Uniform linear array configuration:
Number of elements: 64
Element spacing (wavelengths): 1
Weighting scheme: hamming
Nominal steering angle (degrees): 60
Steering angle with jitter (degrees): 61.342
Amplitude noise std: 0.05
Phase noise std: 0.05

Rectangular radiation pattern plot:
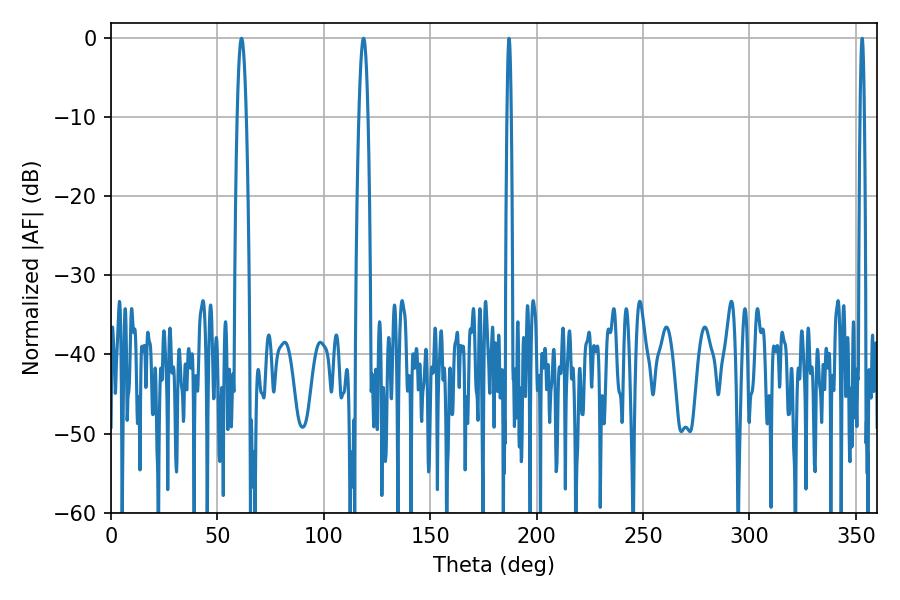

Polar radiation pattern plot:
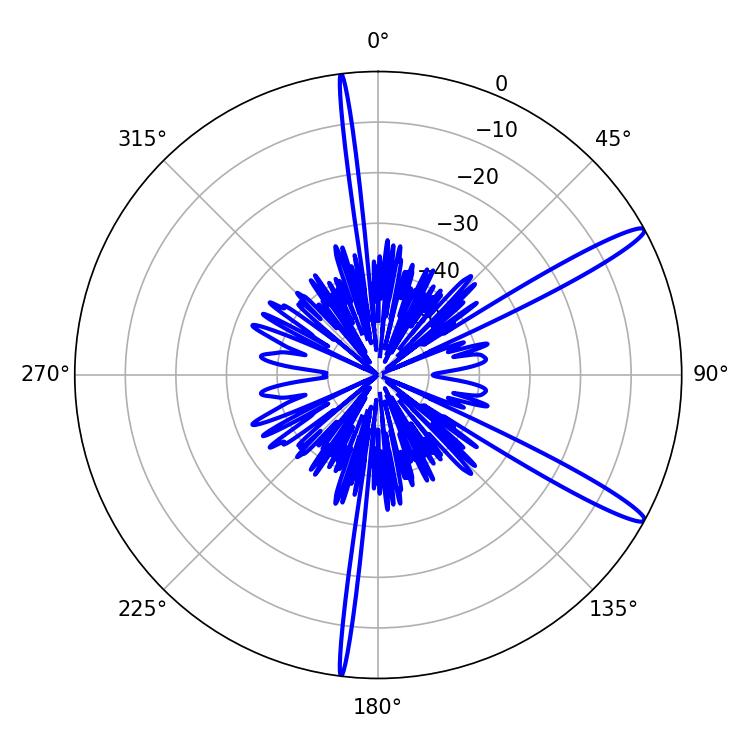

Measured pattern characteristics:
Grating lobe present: TRUE
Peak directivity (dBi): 14.35
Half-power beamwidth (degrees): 1.08
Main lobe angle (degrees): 187.02